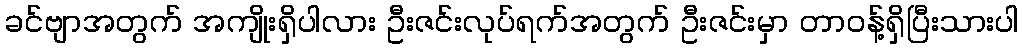
ခင်ဗျာအတွက် အကျိုးရှိပါလား ဦးဇင်းလုပ်ရက်အတွက် ဦးဇင်းမှာ တာဝန့်ရှိပြီးသားပါ